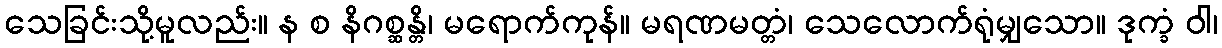
သေခြင်းသို့မူလည်း။ န စ နိဂစ္ဆန္တိ၊ မရောက်ကုန်။ မရဏမတ္တံ၊ သေလောက်ရုံမျှသော။ ဒုက္ခံ ဝါ၊